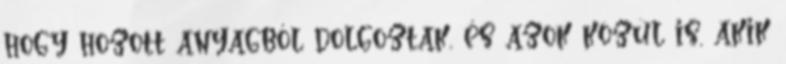
hogy hozott anyagból dolgoztak, és azok közül is, akik